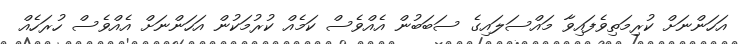
އަހަންނަށް ކުރިމަތިވެފައިވާ މައްސަލައިގެ ސަބަބުން އެއްވެސް ކަމެއް ކުރުމަކުން އަހަންނަށް އެއްވެސް ހުރަހެއް